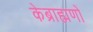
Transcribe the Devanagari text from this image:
केब्राह्मणों